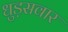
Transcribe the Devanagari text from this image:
धुड़सवार